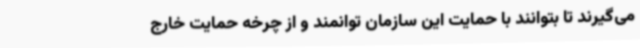
می‌گیرند تا بتوانند با حمایت این سازمان توانمند و از چرخه حمایت خارج